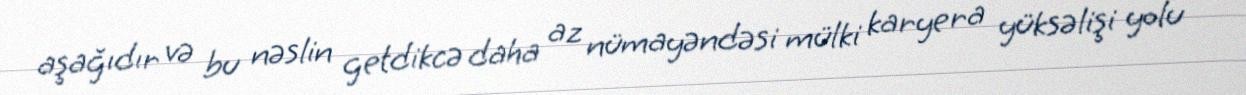
aşağıdır və bu nəslin getdikcə daha az nümayəndəsi mülki karyera yüksəlişi yolu